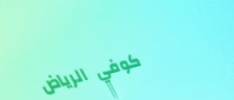
كوفي الرياض